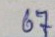
67